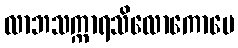
လာဘသက္ကာရသိလောကောပေ